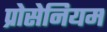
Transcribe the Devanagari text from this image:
प्रोसेनियम